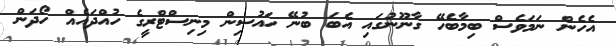
އެހެން ނަމަވެސް ބިމާބެހޭ ގާނޫނުގައި އެބަ ބުނޭ ހައުސިން މިނިސްޓްރީގެ ހުއްދައެއް ހޯދަން